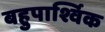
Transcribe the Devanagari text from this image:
बहुपार्श्विक